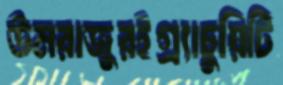
উমরাজুরইগ্র্যাচুয়িটি